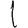
Digit: 1